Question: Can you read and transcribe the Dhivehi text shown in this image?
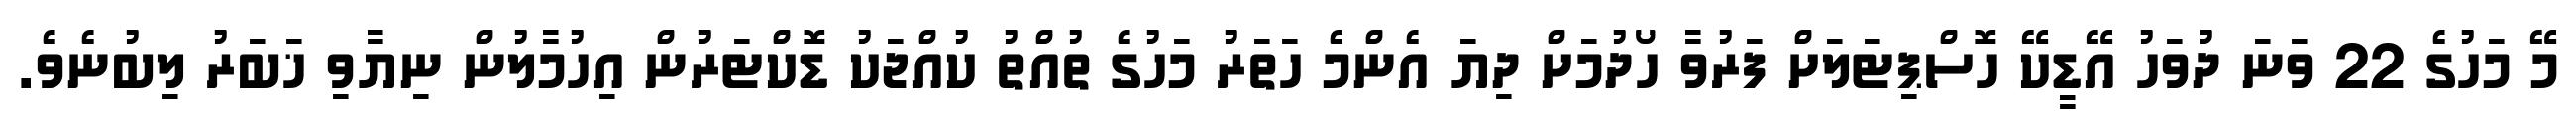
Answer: މޭ މަހުގެ 22 ވަނަ ދުވަހު އޭޑީކޭ ހޮސްޕިޓަލަށް ފަރުވާ ހޯދުމަށް ދިޔަ އެންމެ ހަތަރު މަހުގެ ތުއްތު ކުއްޖަކު ޑޮކްޓަރުން އިހުމާލުން ނިޔާވި ޚަބަރު ލިބުނެވެ.